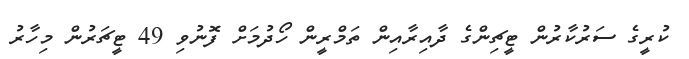
ކުރީގެ ސަރުކާރުން ޓީޗިންގެ ދާއިރާއިން ތަމްރީން ހޯދުމަށް ފޮނުވި 49 ޓީޗަރުން މިހާރު